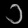
Digit: ၁